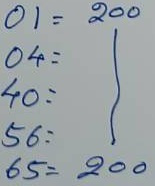
01 = 200
04 = 200
40 = 200
56 = 200
65 = 200